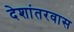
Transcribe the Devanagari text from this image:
देशांतरवास